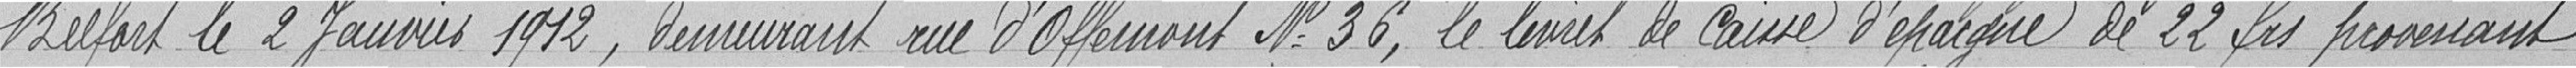
Belfort le 2 Janvier 1912, demeurant rue d'Offemont N°36, le livret de caisse d'épargne de 22 francs provenant